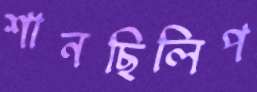
শানছিলিপ